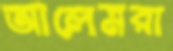
আলেমরা